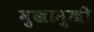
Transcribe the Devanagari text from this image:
मुखामुखी